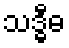
သဒ္ဓီဓ